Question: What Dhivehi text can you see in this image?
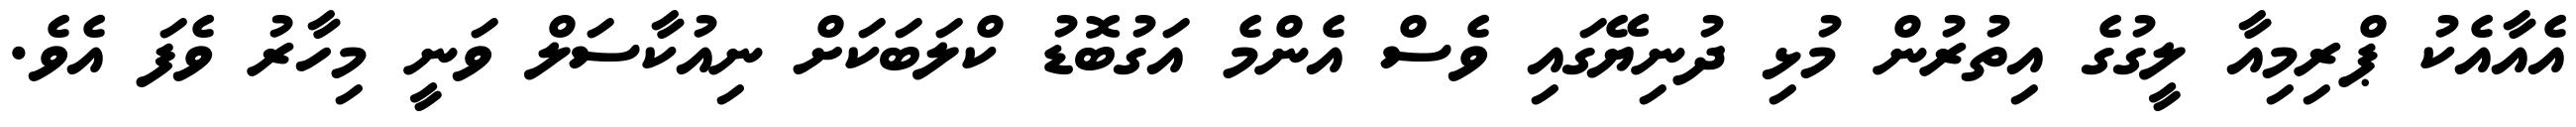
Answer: އެއާއެކު ޕްރިމިއާ ލީގުގެ އިތުރުން މުޅި ދުނިޔޭގައި ވެސް އެންމެ އަގުބޮޑު ކްލަބަކަށް ނިއުކާސަލް ވަނީ މިހާރު ވެފަ އެވެ.